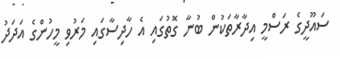
ސައޫދީގެ ރަސްމީ އިދާރާތަކުން ބުނާ ގޮތުގައި އެ ހާދިސާގައި މަރުވި މީހުންގެ އަދަދު